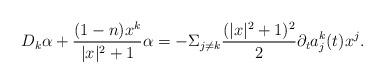
LaTeX: \begin{align*} D_k\alpha+\frac{(1-n)x^k}{|x|^2+1}\alpha=-\Sigma_{j\not=k}\frac{(|x|^2+1)^2}{2}\partial_ta^k_j(t)x^j. \end{align*}